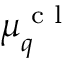
\boldsymbol { \mu } _ { q } ^ { \textrm { c l } }